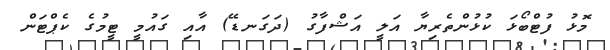
މޮޅު ފުޓްބޯޅަ ކުޅުންތެރިޔާ އަލީ އަޝްފާގު (ދަގަނޑޭ) އާއި ގައުމީ ޓީމުގެ ކެޕްޓަން